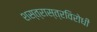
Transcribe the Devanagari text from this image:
शस्त्रास्त्रविरोधी